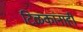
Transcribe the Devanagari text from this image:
टिळकांनाही